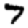
Digit: 7